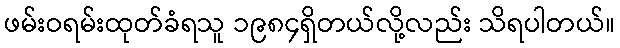
ဖမ်းဝရမ်းထုတ်ခံရသူ ၁၉၈၄ရှိတယ်လို့လည်း သိရပါတယ်။